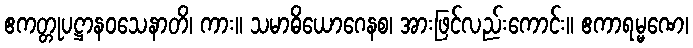
ဧကတ္တုပဋ္ဌာနဝသေနာတိ၊ ကား။ သမာဓိယောဂေနစ၊ အားဖြင်လည်းကောင်း။ ဧကာရမ္မဏေ၊